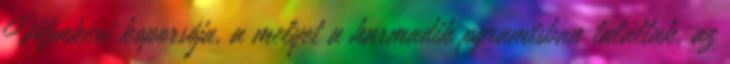
Menkeri koporsója, a melyet a harmadik pyramisban találtak, az